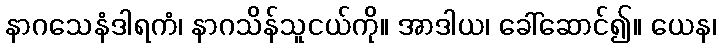
နာဂသေနံဒါရကံ၊ နာဂသိန်သူငယ်ကို။ အာဒါယ၊ ခေါ်ဆောင်၍။ ယေန၊